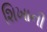
શિખાની